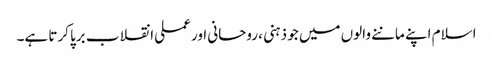
اسلام اپنے ماننے والوں میں جو ذہنی ، روحانی اور عملی انقلاب برپا کرتا ہے۔